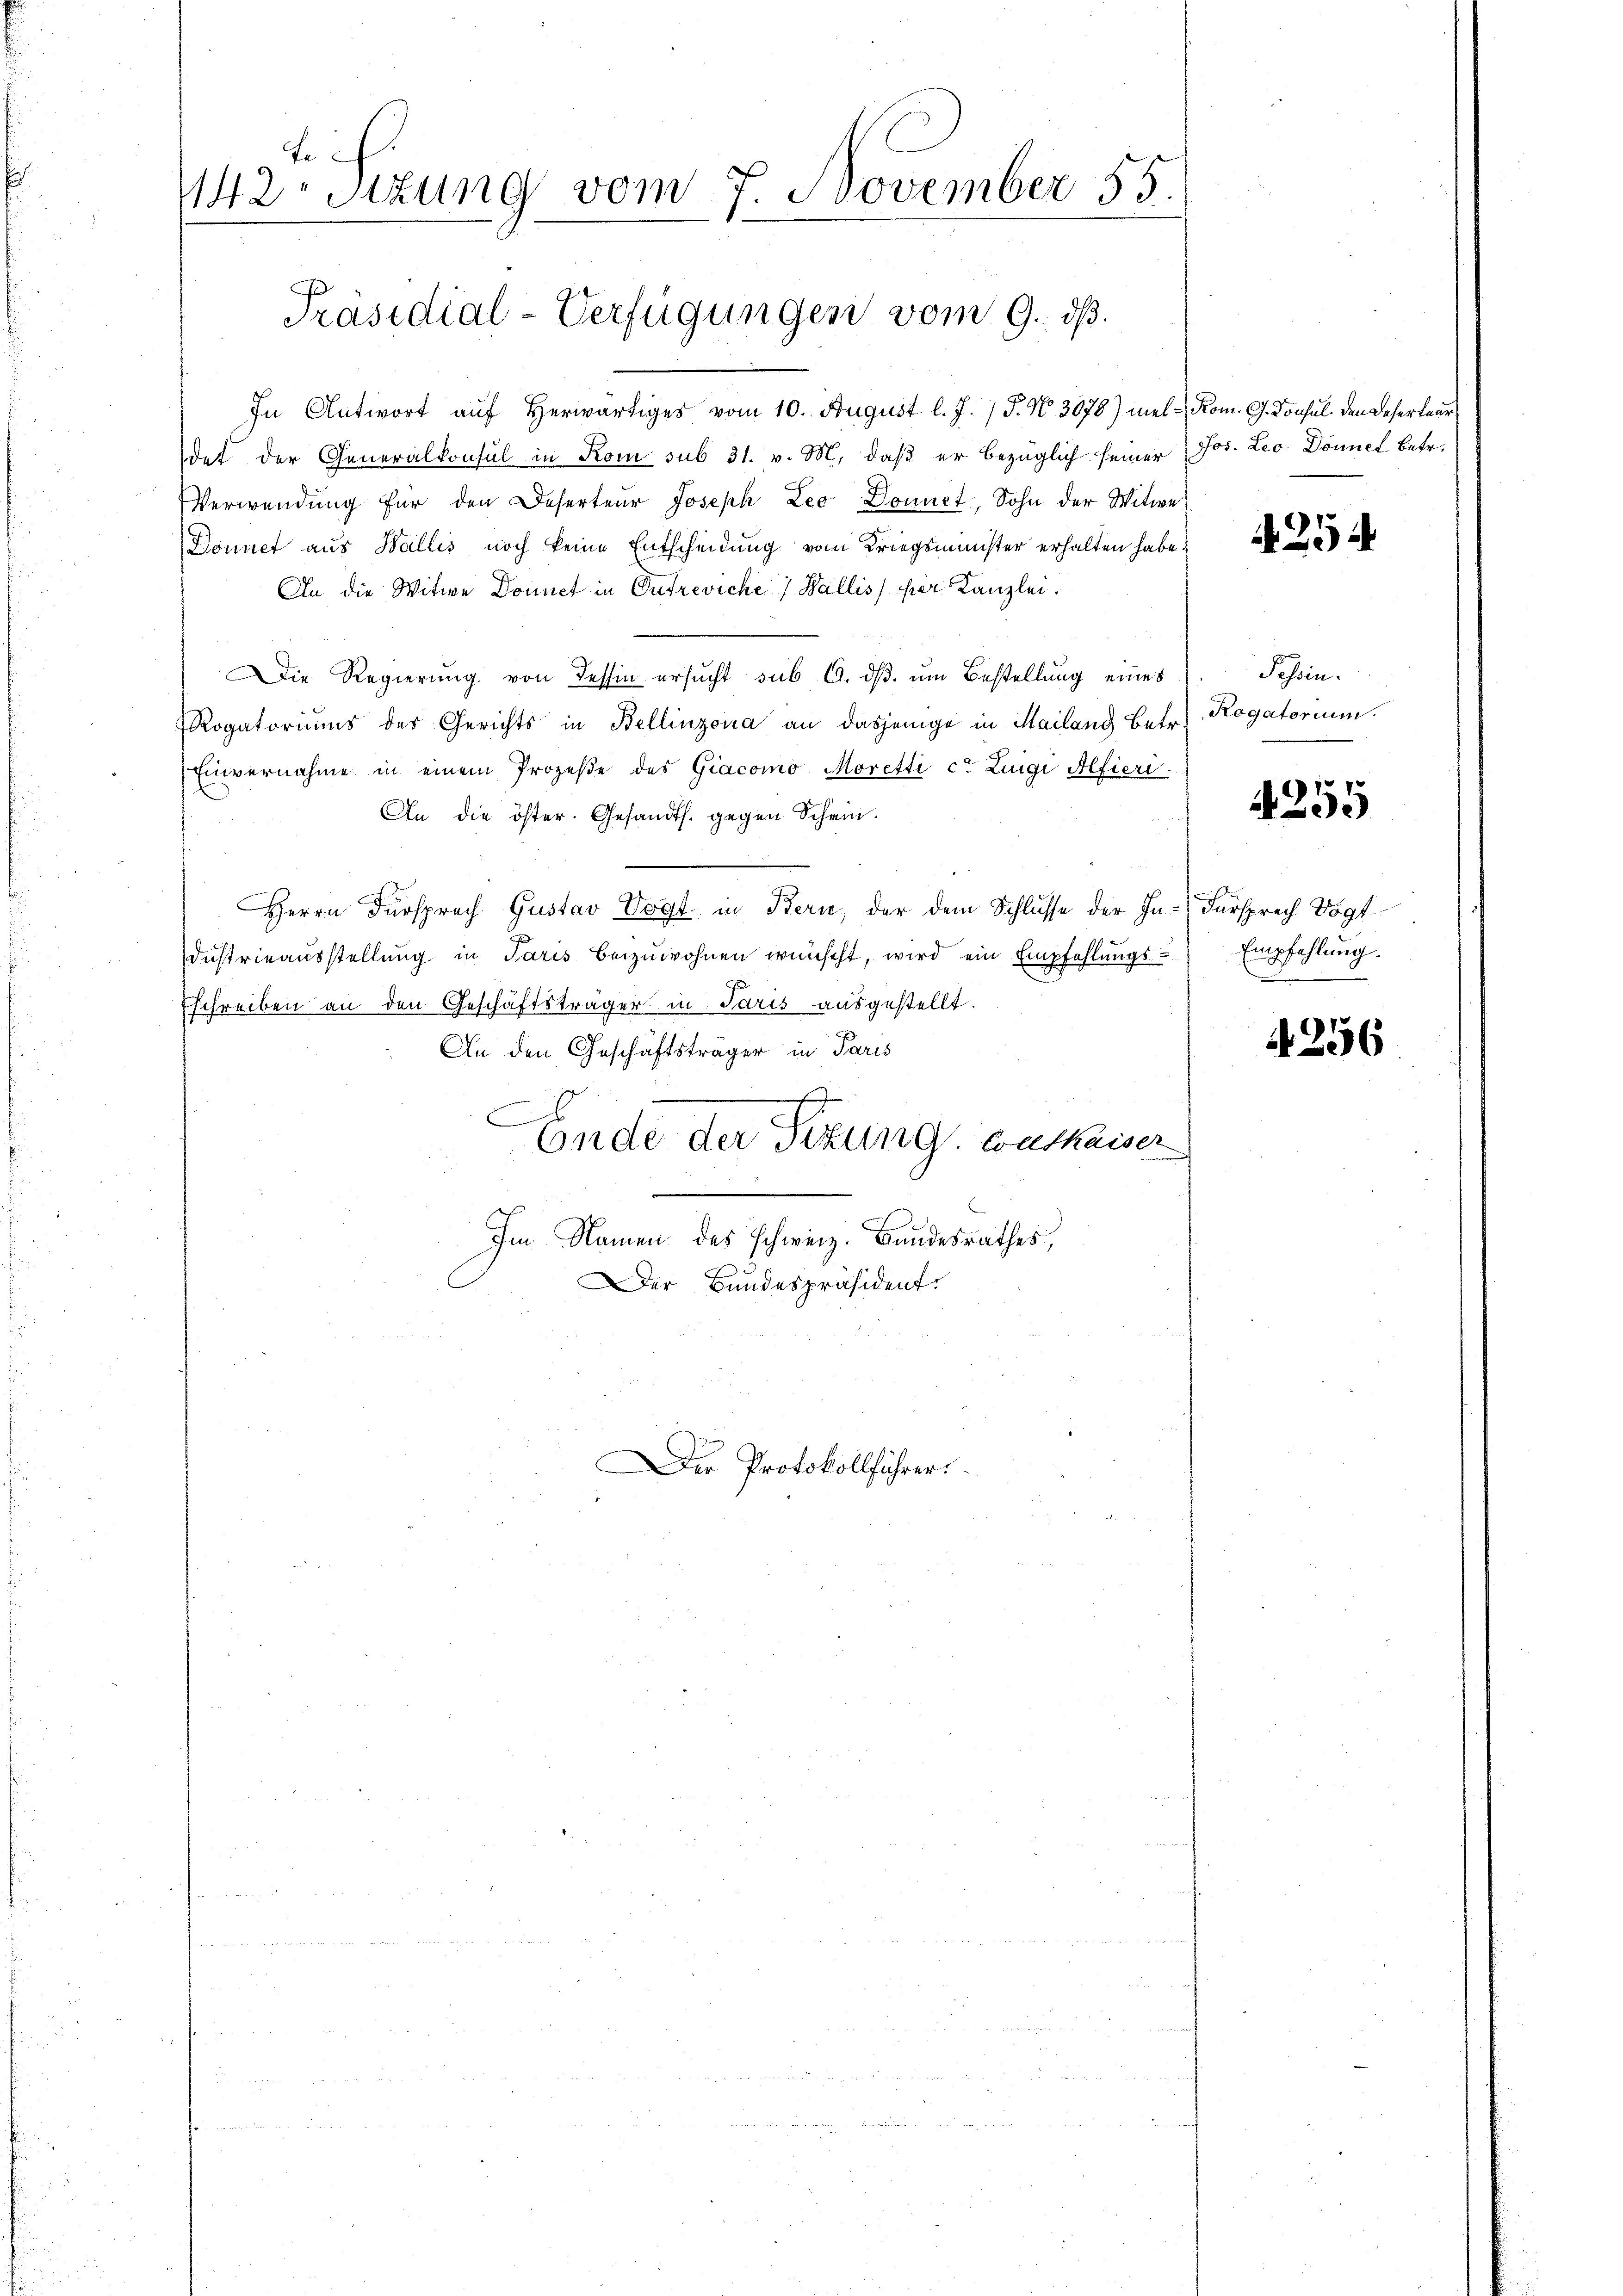
fe
142. Sitzung vom 7. November 55.

Präsidial-Verfügungen vom 9. ds.

Der Protokollführer.

In Antwort aŭf herwärtiges vom 10. August l. J. / 5. No. 3078) mel-Kom. G. Konsul den Beher leur
det der Generalkonsul in Rom sub 31. v. M. daß er bezüglich seiner Jos. Leo Donnel betr.
Verwendung für den Deserteur Joseph Leo Domict, Sohn der Witwe
Donnet aus Wallis noch keine Entscheidung vom Kriegsminister erhalten habe.
An die Witwe Donnet in Entreviche Wallis per Kanzlei.
Die Regierung von Tessin ersucht sub 19. ds. um Bestellung eines
Rogatoriums der Gerichts in Bellinzona an dasjenige in Mailang betr.
Einvernahme in einem Prozeβe des Giacomo Moretti cr Luigi Alfieri
An die öster. Gesandts. gegen Schein.
Herrn Fürsprach Gustav Vogt in Bern, der dem Schlusse der In- Fürsprech Vogt
dŭstrieaŭsstellŭng in Paris beizuwohnen wünscht, wird ein Empfehlŭngs-
Eschreiben an den Geschäftsträger in Paris ausgestellt.
An den Geschäftsträger in Paris
.
Ende der Sitzung. Guthaiser
Im Namen des Schweiz. Bundesrathes,
er Bundespräsident.

4254

Tessin.
Rogatorium

4255

Empfehlung.

4256